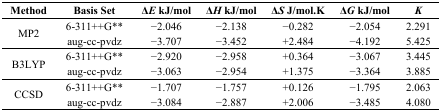
<table><thead><tr><td><b>Method</b></td><td><b>Basis Set</b></td><td><b>Δ<i>E</i> kJ/mol</b></td><td><b>Δ<i>H</i> kJ/mol</b></td><td><b>Δ<i>S</i> J/mol.K</b></td><td><b>Δ<i>G</i> kJ/mol</b></td><td><b><i>K</i></b></td></tr></thead><tbody><tr><td rowspan="2">MP2</td><td>6-311++G**</td><td>−2.046</td><td>−2.138</td><td>−0.282</td><td>−2.054</td><td>2.291</td></tr><tr><td>aug-cc-pvdz</td><td>−3.707</td><td>−3.452</td><td>+2.484</td><td>−4.192</td><td>5.425</td></tr><tr><td rowspan="2">B3LYP</td><td>6-311++G**</td><td>−2.920</td><td>−2.958</td><td>+0.364</td><td>−3.067</td><td>3.445</td></tr><tr><td>aug-cc-pvdz</td><td>−3.063</td><td>−2.954</td><td>+1.375</td><td>−3.364</td><td>3.885</td></tr><tr><td rowspan="2">CCSD</td><td>6-311++G**</td><td>−1.707</td><td>−1.757</td><td>+0.126</td><td>−1.795</td><td>2.063</td></tr><tr><td>aug-cc-pvdz</td><td>−3.084</td><td>−2.887</td><td>+2.006</td><td>−3.485</td><td>4.080</td></tr></tbody></table>